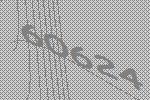
60624